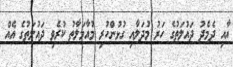
އާއި ދެމެދު ދައުލަތުގެ ހަރު މުދަލާއި ގުޅުންހުރި މުއާމަލާތު ކުރެވި ދައުލަތުގެ އެއް